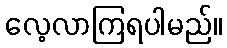
လေ့လာကြရပါမည်။